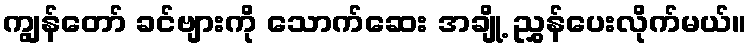
ကျွန်တော် ခင်ဗျားကို သောက်ဆေး အချို့ ညွှန်ပေးလိုက်မယ်။